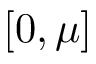
[ 0 , \mu ]